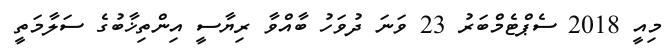
މިއީ 2018 ސެޕްޓެމްބަރު 23 ވަނަ ދުވަހު ބާއްވާ ރިޔާސީ އިންތިޚާބުގެ ސަލާމަތީ